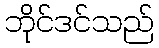
ဘိုင်ဒင်သည်